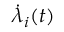
\dot { \lambda } _ { i } ( t )